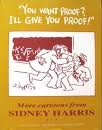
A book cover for "You Want Proof? I'll Give You Proof!": More Cartoons From Sidney Harris; Sidney Harris; Humor & Entertainment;